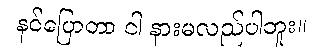
နင်ပြောတာ ငါ နားမလည်ပါဘူး။